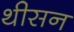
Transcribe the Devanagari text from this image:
थीसन